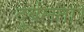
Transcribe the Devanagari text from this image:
दुर्बलता।